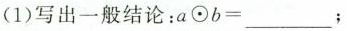
(1)写出一般结论：$$a ⊙ b = ___$$；